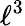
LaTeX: \ell^{3}